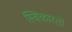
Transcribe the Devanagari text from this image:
स्विकारतो